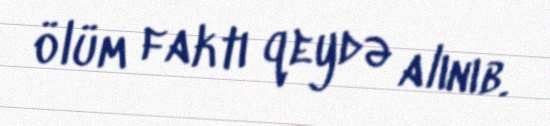
ölüm faktı qeydə alınıb.